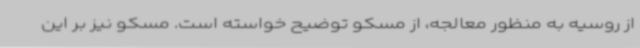
از روسیه به منظور معالجه، از مسکو توضیح خواسته است. مسکو نیز بر این